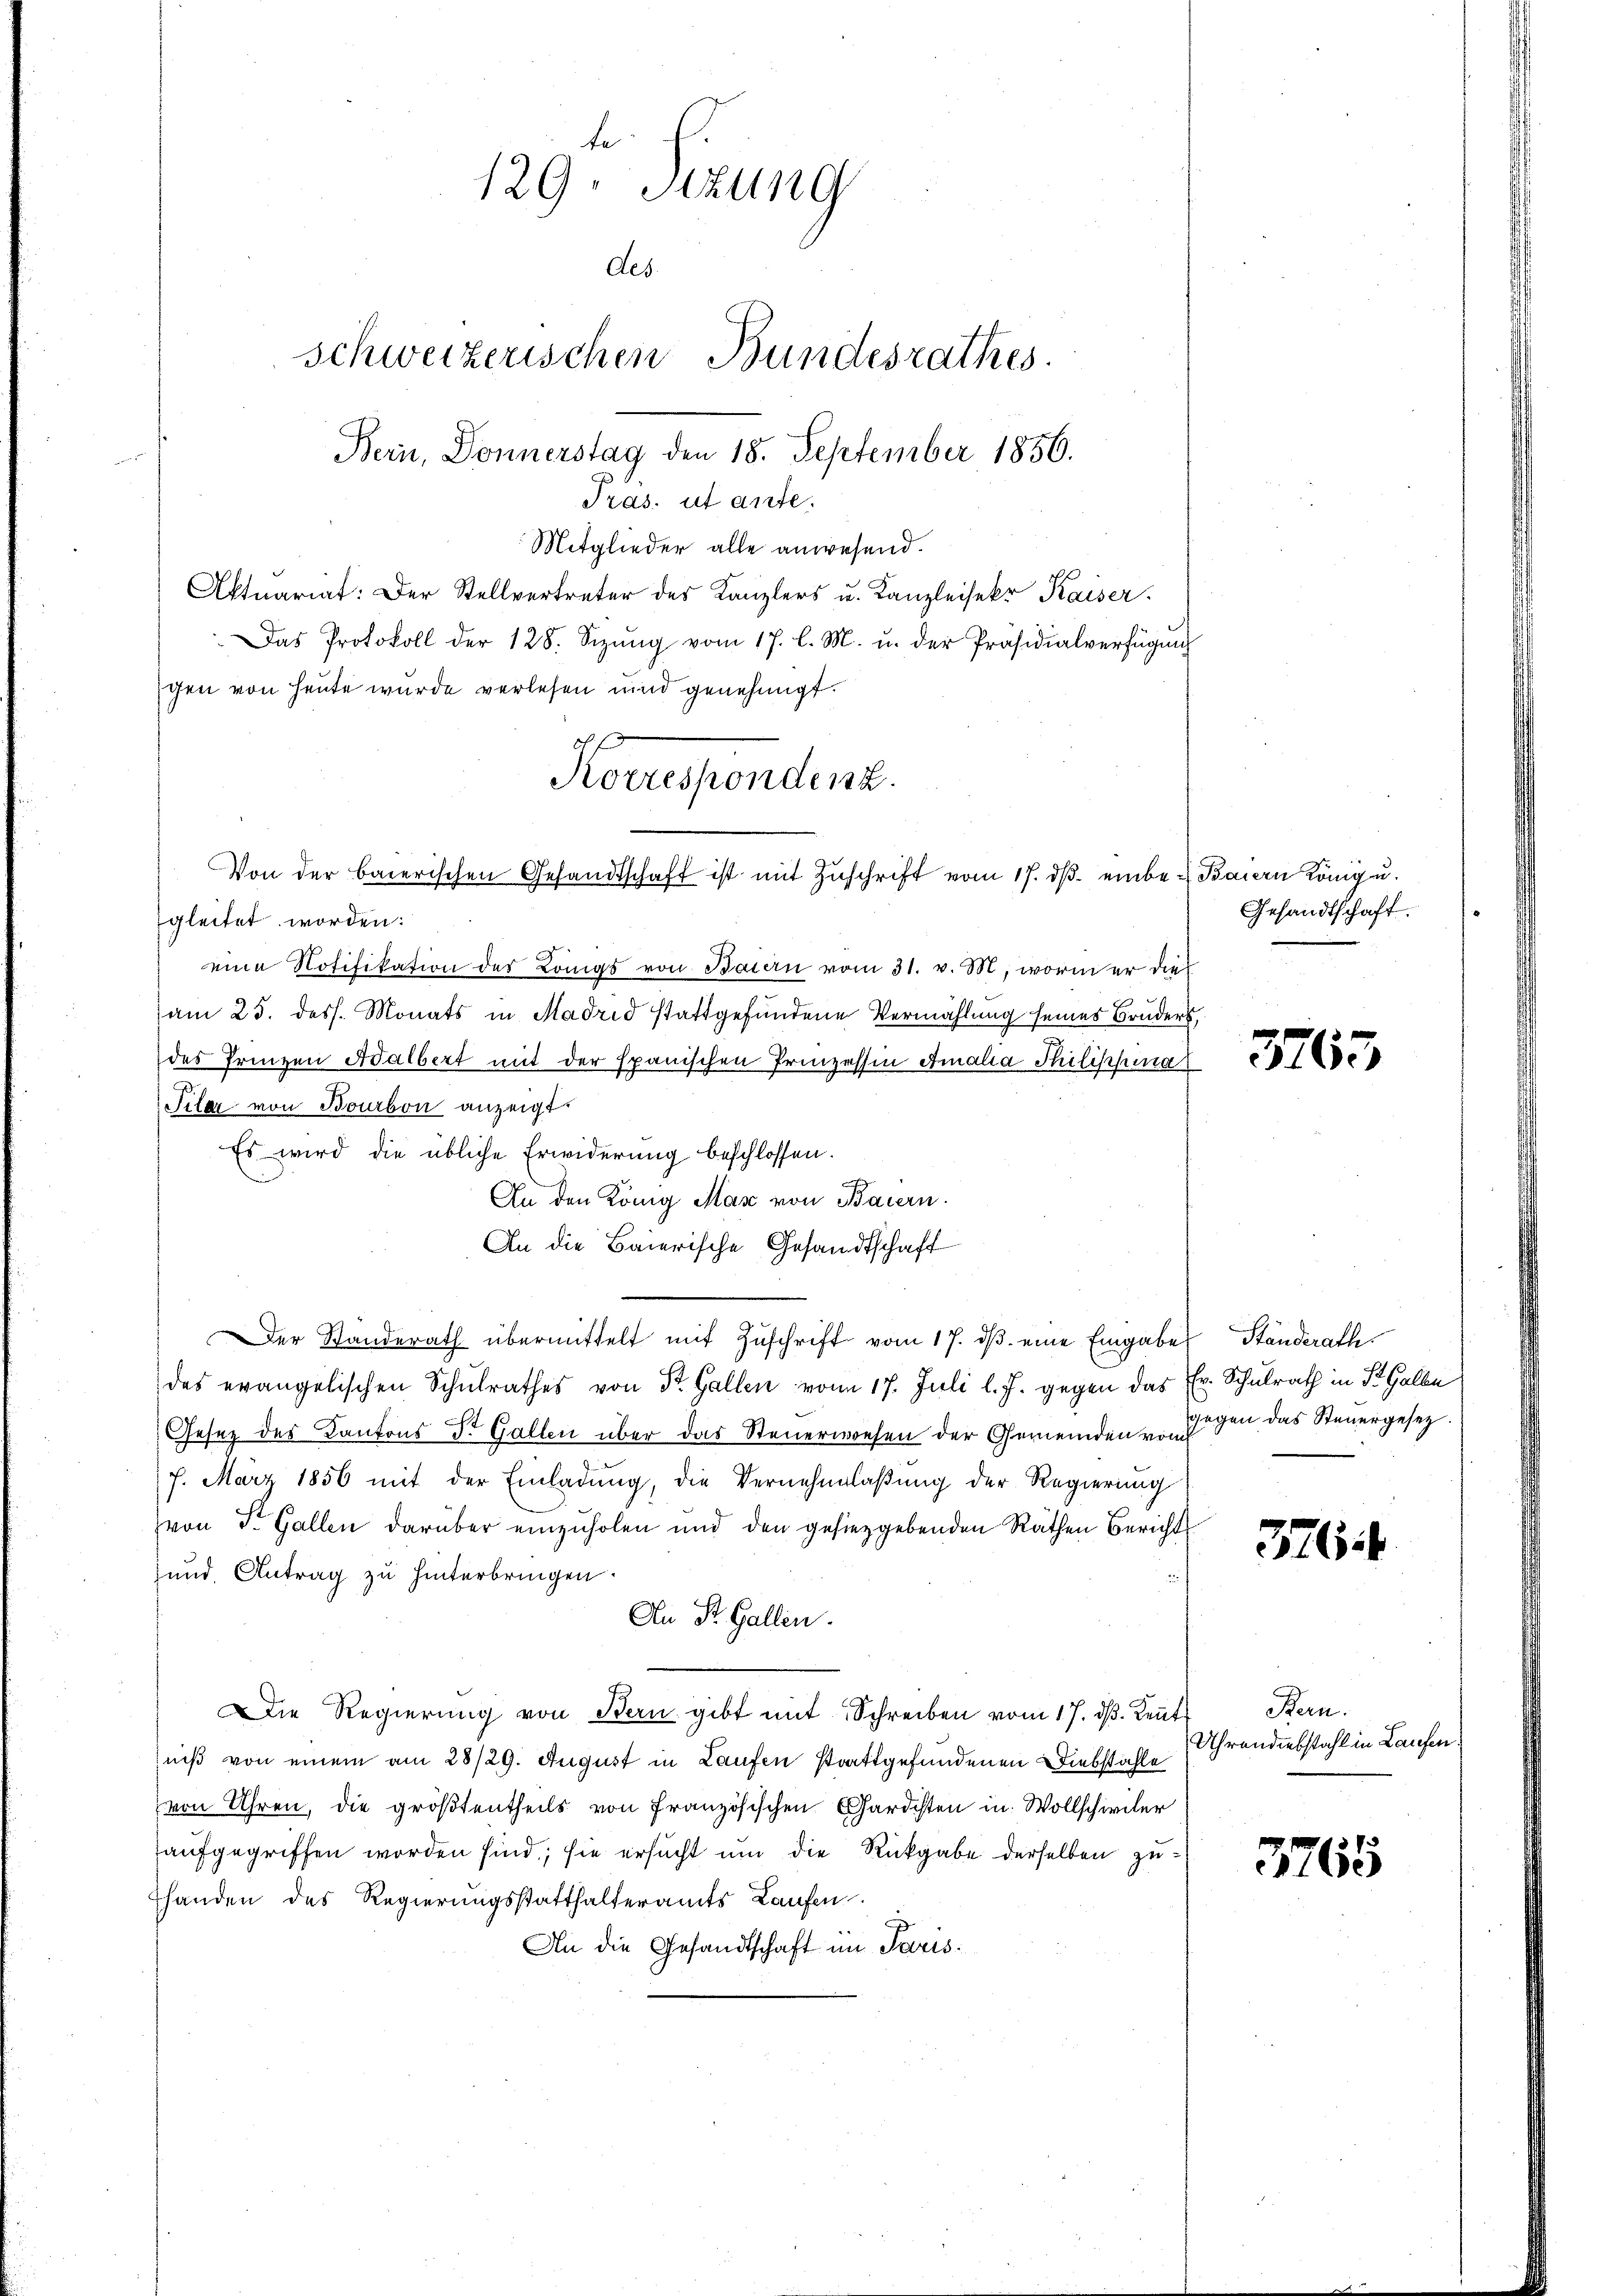
te
129. Sitzung
des.
schweizerischen Bundesrathes
Bern, Donnerstag den 18. September 1856.
Pras. ut ante.

Mitglieder alle anwesend.
Aktuariat: Der Stellvertreter des Kanzlers u. Kanzleisekr Kaiser
Das Protokoll der 128. Sizŭng vom 17. l. M. u. der Präsidialverfügung
gen von heute wurde verlesen und genehmigt.
gleitet worden:
eine Notifikation des Königs von Baiern vom 31. v. M, worin er die
am 25. dess. Monats in Madrid stattgefundene Vermählung seines Bruders,
des Prinzen Adalbert mit der spanischen Prinzessin Amalia Philippina
Pilar von Bourbon anzeigt.
Es wird die übliche Erwiderung beschlossen.
An den König Max von Baiern.
An die Baierische Gesandtschaft
Der Standerath übermittelt mit Zŭschrift vom 17. dβ eine Eingabe Ständerath
des evangelischen Schulrathes von Dr. Gallen vom 17. Juli l. J. gegen das Fr. Schulrath in St. Galle
Gesetz des Kantons St. Gallen über das Steuerwesen der Gemeinden von den das Steuergesez
7. März 1856 mit der Einladung, die Vernehmlaßung der Regierung
von St. Gallen darüber einzuholen und den gesieggebenden Räthen Bericht
und Antrag zu hinterbringen.
An St. Gallen.
Die Regierŭng von Bern gibt mit Schreiben vom 17. dβ. Leut
niß von einem am 28/29. August in Laufen strattgefundenen Diebstahle
von Uhren, die größtentheils von Französischen Gardchten in Wollschweiler
aufgegriffen worden sind; sie ersucht um die Rückgabe derselben zuhanden des Regierungsstatthalteramts Laufen.
An die Gesandtschaft im Paris

Korrespondent.
Von der baierischen Gesandtschaft ist mit Zŭschrift vom 17. dβ einbe- Baiern König u.

Gesandtschaft.

3763

376.

Bern.
Uhrendiebstahl in Laufen.

3765